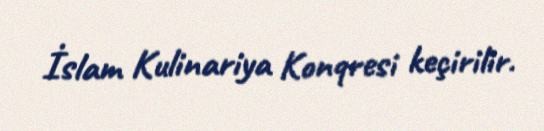
İslam Kulinariya Konqresi keçirilir.